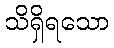
သိရှိရသော